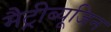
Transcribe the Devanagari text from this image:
मैट्रीब्यूजिन